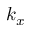
k _ { x }